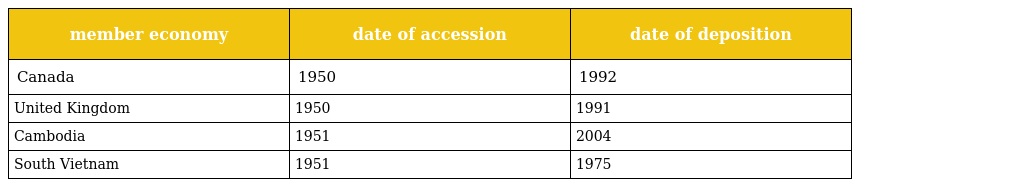
| member economy | date of accession | date of deposition |
 | --- | --- | --- |
 | Canada | 1950 | 1992 |
 | United Kingdom | 1950 | 1991 |
 | Cambodia | 1951 | 2004 |
 | South Vietnam | 1951 | 1975 |